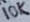
Text: 10K